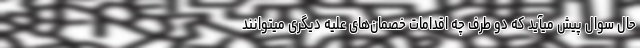
حال سوال پیش میآید که دو طرف چه اقدامات خصمان‌های علیه دیگری میتوانند